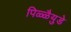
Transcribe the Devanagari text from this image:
पिळ्ळैयुडे